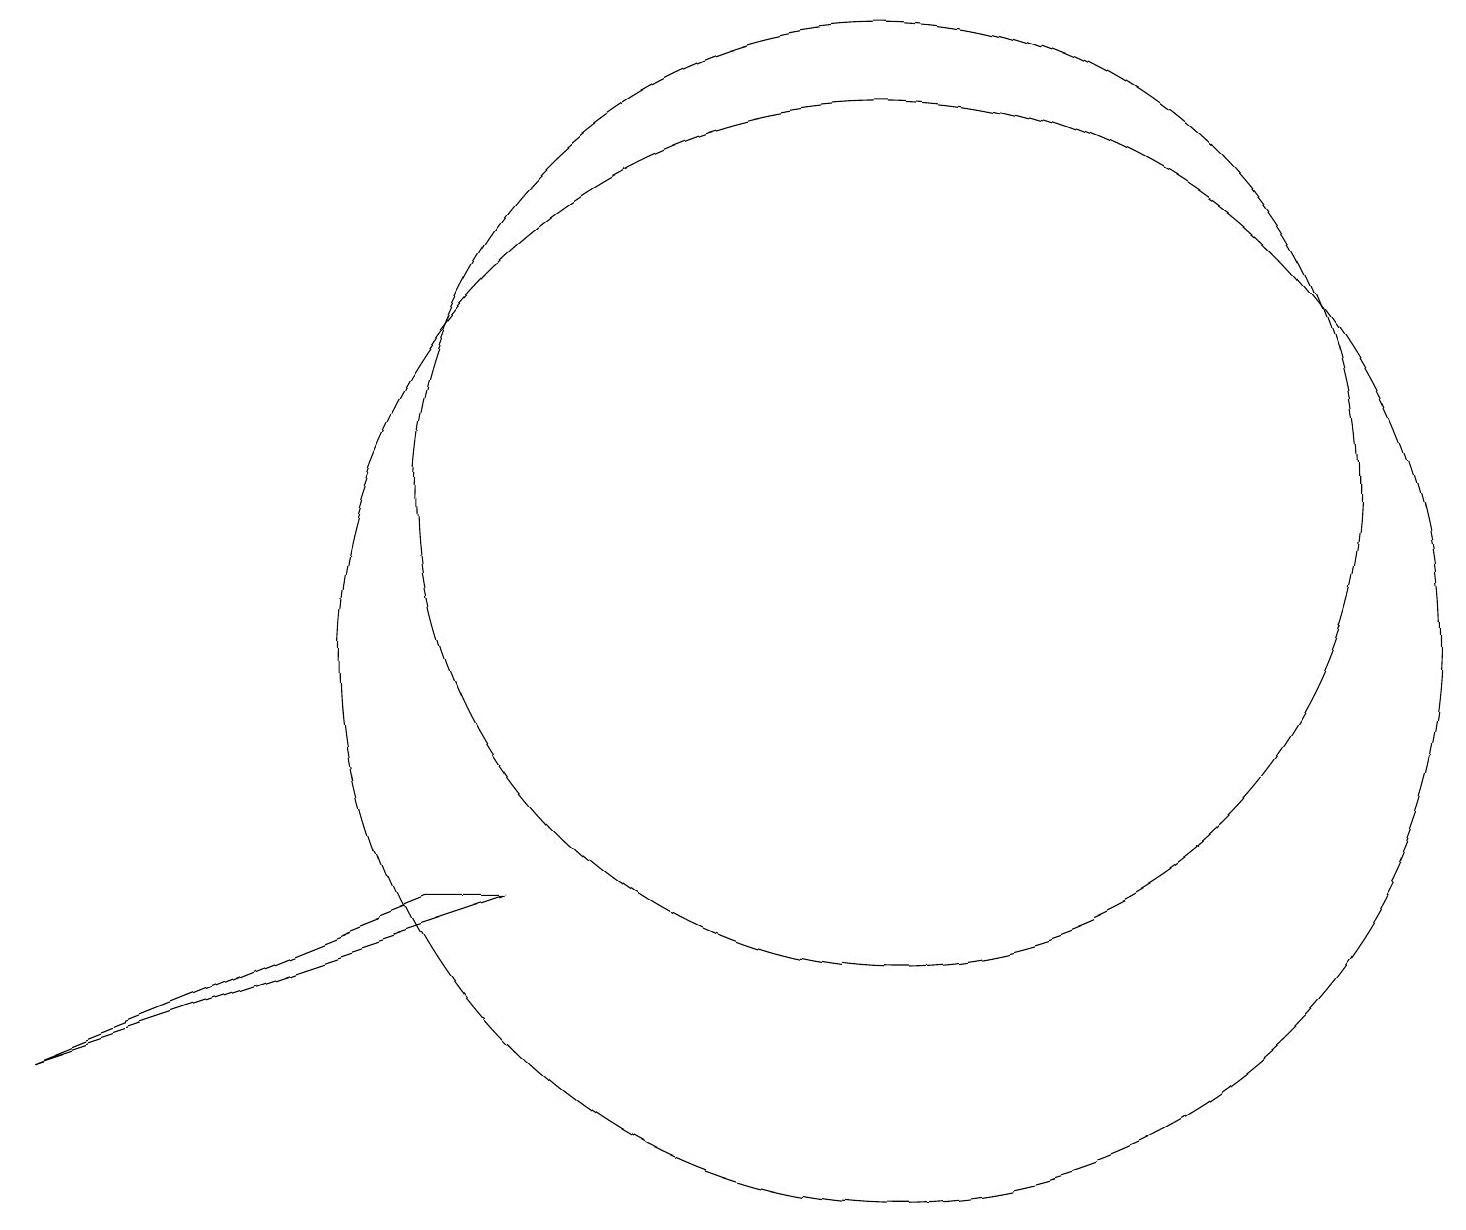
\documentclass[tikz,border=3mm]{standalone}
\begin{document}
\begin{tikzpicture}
\draw (11,10) circle (7);
\draw (5,7) -- (0,5) -- (6,7) -- cycle;
\draw (11,12) circle (6);
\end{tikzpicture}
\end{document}